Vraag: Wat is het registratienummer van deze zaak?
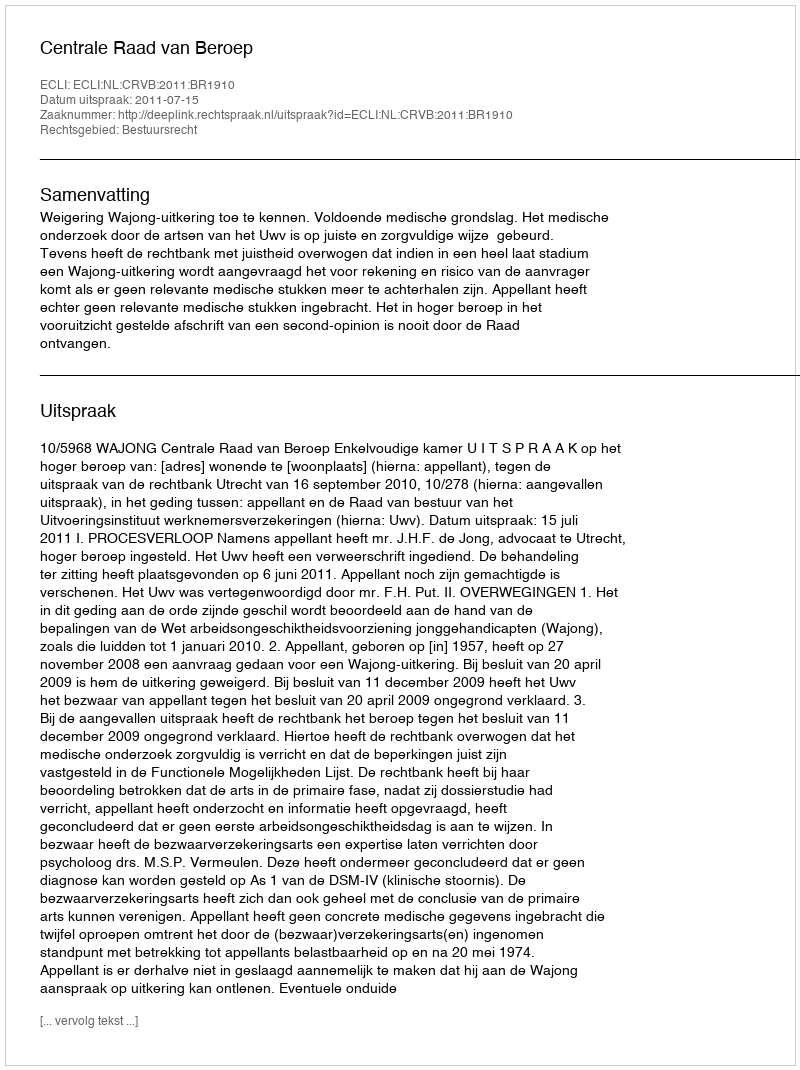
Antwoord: http://deeplink.rechtspraak.nl/uitspraak?id=ECLI:NL:CRVB:2011:BR1910